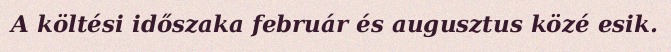
A költési időszaka február és augusztus közé esik.